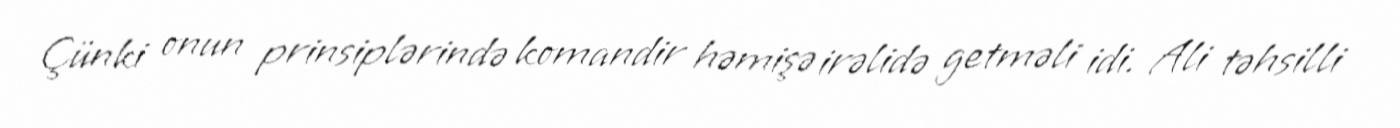
Çünki onun prinsiplərində komandir həmişə irəlidə getməli idi. Ali təhsilli